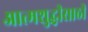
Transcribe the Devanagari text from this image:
आत्मशुद्धीसाठी